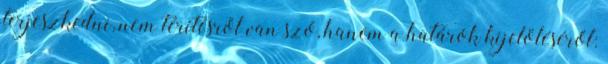
terjeszkedni, nem térítésről van szó, hanem a határok kijelöléséről: